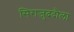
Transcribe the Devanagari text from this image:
सिराजुददौला